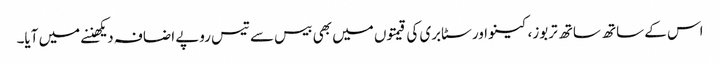
اس کے ساتھ ساتھ تربوز، کینو اور سٹابری کی قیمتوں میں بھی بیس سے تیس روپے اضافہ دیکھننے میں آیا۔